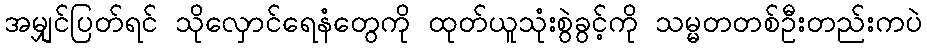
အမျှင်ပြတ်ရင် သိုလှောင်ရေနံတွေကို ထုတ်ယူသုံးစွဲခွင့်ကို သမ္မတတစ်ဦးတည်းကပဲ